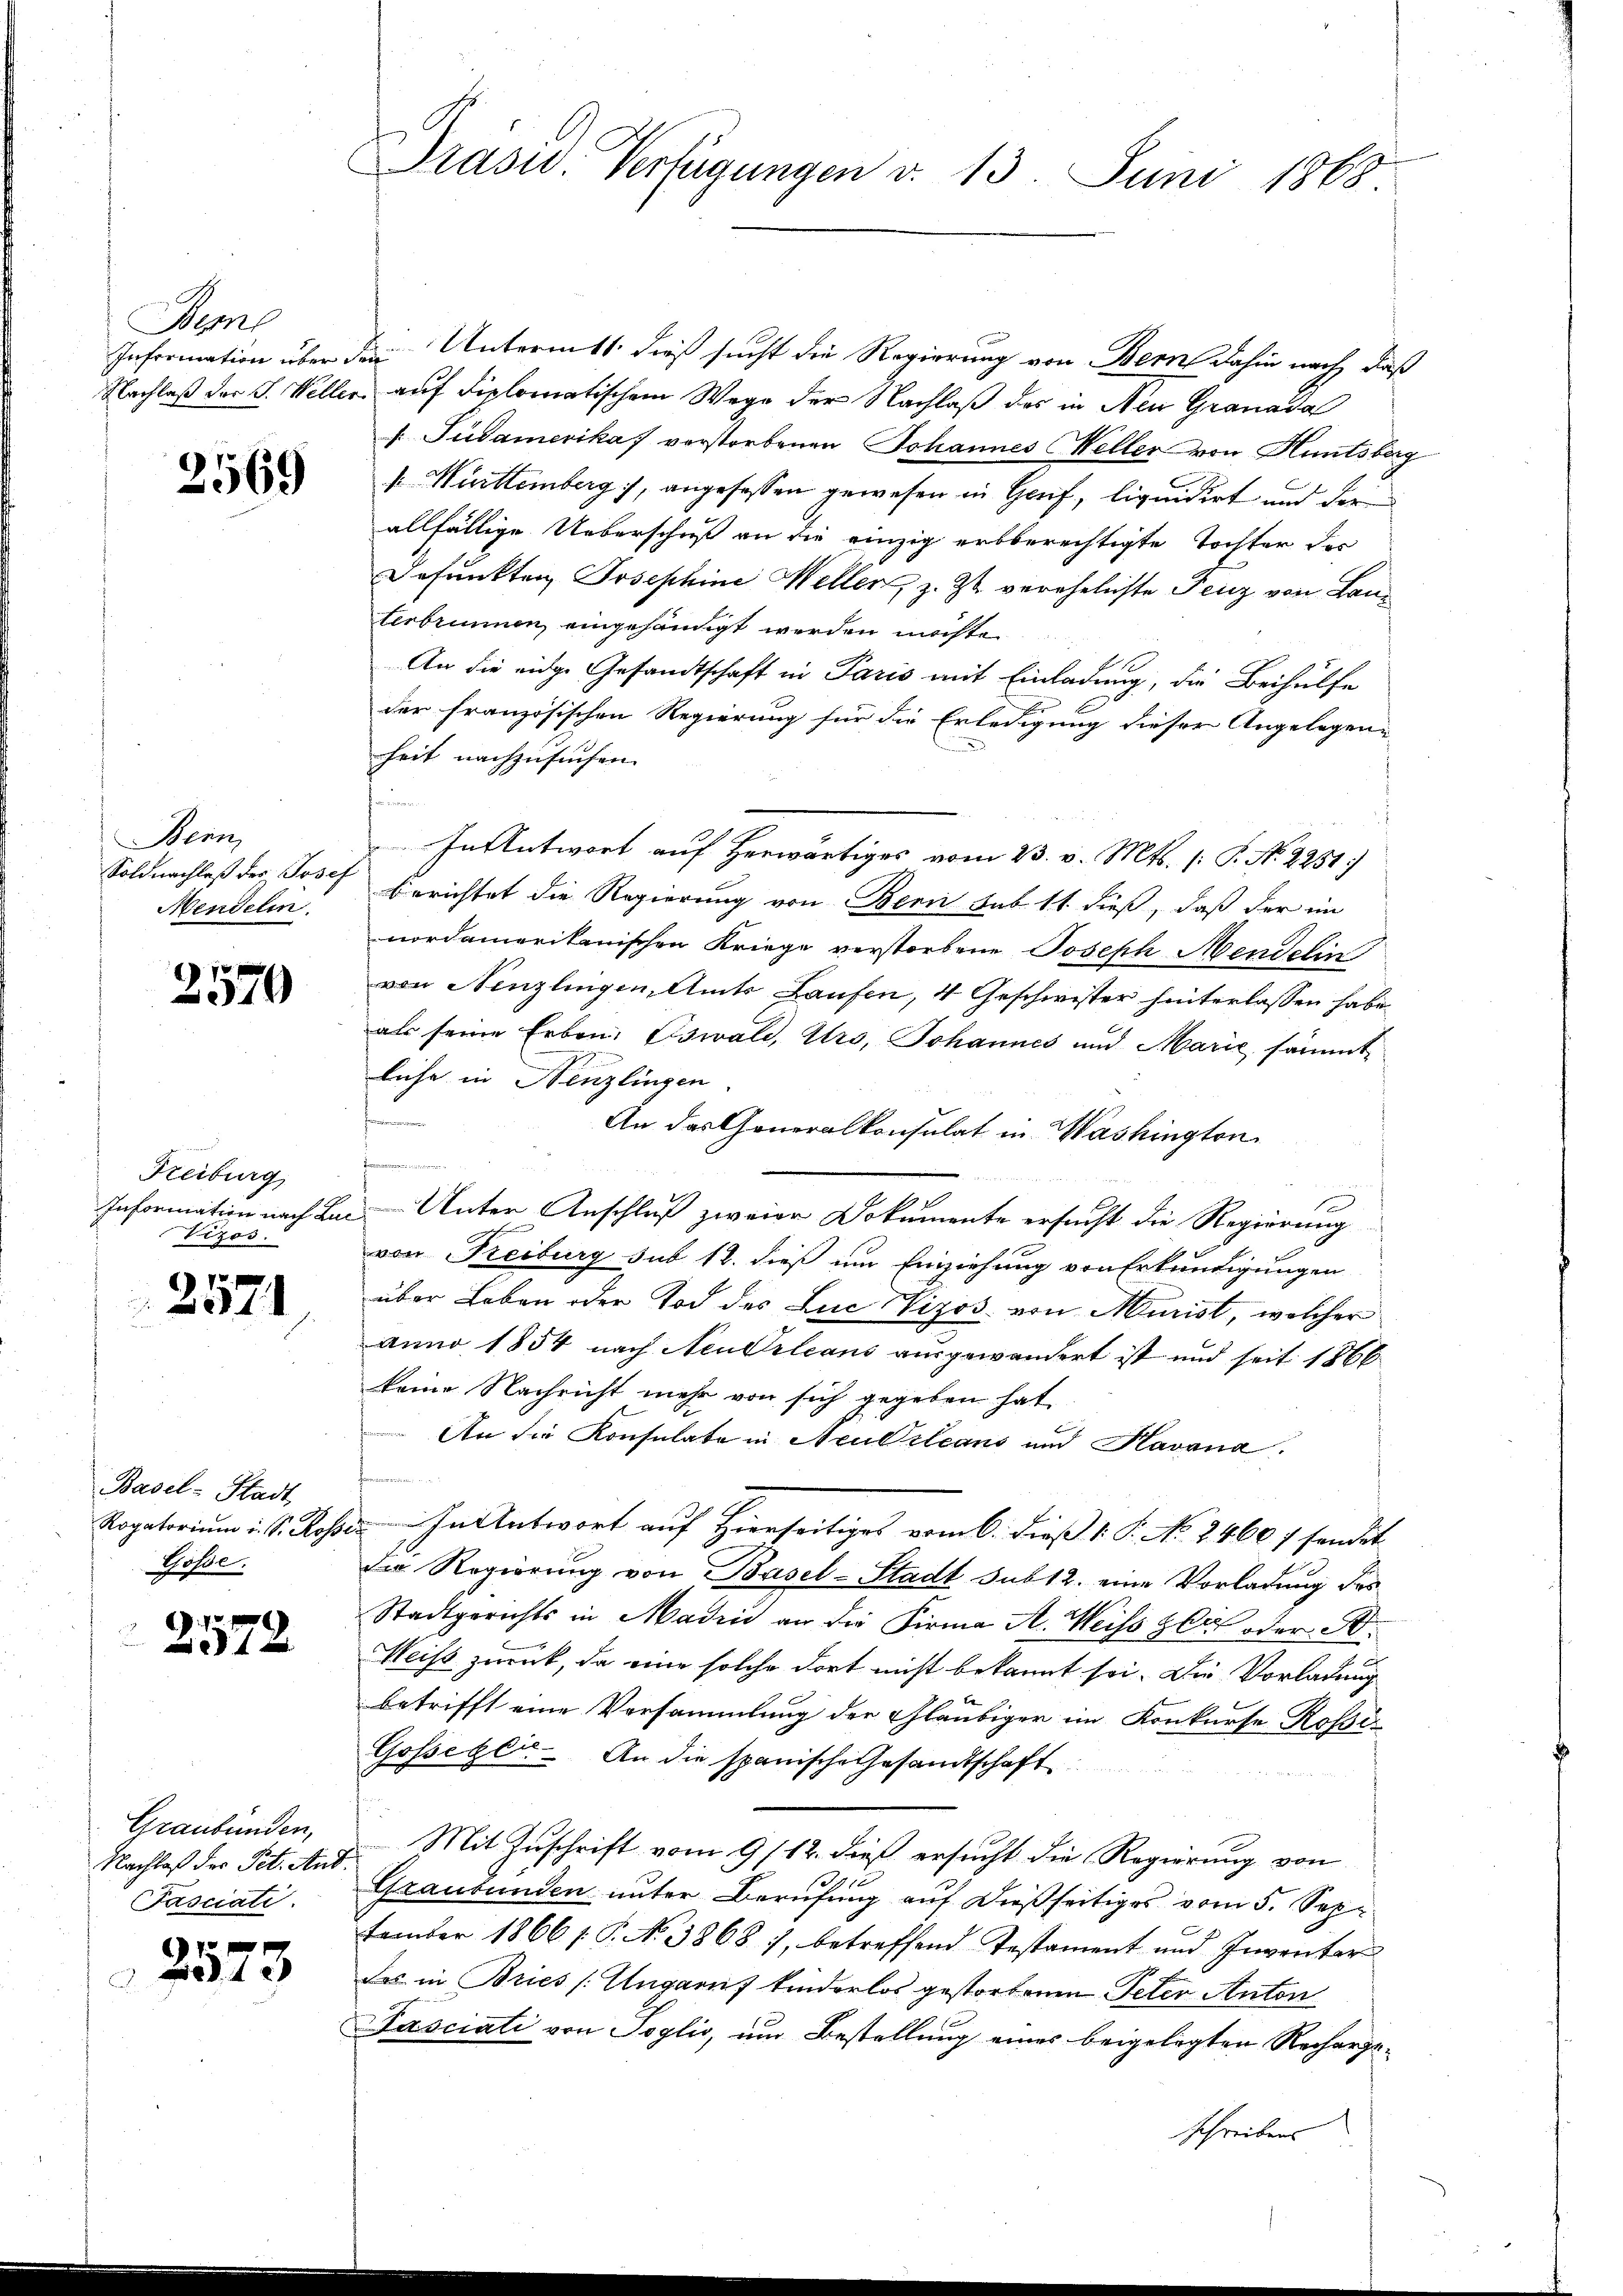
Beme

2569

Bern,
Mendelin.

7 x
919

Keiburg
Vizos.

p.
4x

Basel-Stadt
öhe.
x

2572

Graubünden,
Nachlaß der Pet. And.
Fasciati

2523

Prasw. Verfügungen d. 13. Juni 1868

Information über den Untermit dieß sucht die Regierung von Bern dahin nach, daß
Nachlaß der J. Weller auf diplomatischem Wege der Nachlaß des in Aen Granada
. Südamerika verstorbenen Johannes Weller von Huntsberg
. Württemberg, angefassen gewesen in Genf, liquidirt und der
allfällige Ueberschuß an die einzig erbberechtigte Tochter der
Dofunkten Josephine Mellen, z. Zt. verehelichte Fenz von Lanterbrunnen, eingehändigt werden möchte.
An die eidge Gesandtschaft in Paris mit Einladung, die Beihülfe
der französischen Regierung für die Erledigung dieser Angelegen-
heit nachzusuchen.
f
In Antwort auf herwärtiges vom 23. v. Mts. (: P. N. 2251)
Soldnachlaß des Josef Berichtet die Regierung von Benni sub 11 dieß, daß der im
nordamerikanischen Kriege verstorbene Joseph Mendetin
von Nenzlingen, Amts Laufen, 4 Geschwister hinterlassen habe.
als seine Erben. Oswald, Uro, Johannes und Marie sämmtliche in Nenzlingen.
fammenen
An das Generalkonsulat in Washington
Preisgericht insowenige
Information nach Ein Unter Anschluß zweier Dokumente ersucht die Regierung
von Freiburg sub 12. dieß um Einziehung von Erkundigungen
über Leben oder Tod des Luc Wizos von Murist, welcher
Anno 1854 nach Neudrleans ausgewandert ist und seit 1866
keine Nachricht mehr von sich gegeben hat
An die Konsulate in Aculsleans und Kavana.

Rogatorium i. S. Rossen. In Antwort auf Hierseitiges vom 6. dieß v. P. No. 2460 f sendet.
Die Regierung von Basel-Stadt sub 12. eine Vorladung des
Stadtgerichts in Madin an die Firma A. Weiss zur oder St.
Meiss zurück, da eine solche dort nicht bekannt sei. Die Vorladung
betrifft eine Versammlung der Gläubiger im Konkurse Roße-
Gosseger. An die spanische Gesandtschaft

Mit Zuschrift vom 9/12. dieß ersucht die Regierung von
Graubünden unter Berufung auf dießseitiges vom 5. Sep¬
Famber 1866 /: P. No. 38687, betreffend Testament und Inventar
des in Bries /: Ungarn kinderlos gestorbenen Peter Anton
Pasciati von Soglio, um Bestellung eines beigelegten Recharge-
schreibens